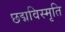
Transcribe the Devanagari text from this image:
छद्मविस्मृति